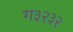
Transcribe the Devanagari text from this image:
ग३२३२